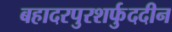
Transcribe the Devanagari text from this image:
बहादरपुरशर्फुददीन